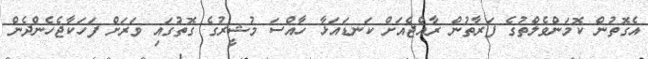
އެގޮތުން ކޮމަންވެލްތުގެ ފަރާތުން ރާއްޖެއަށް ކަނޑައަޅާ ހާއްސަ މުޝީރުގެ ގޮތުގައި ވަރަށް ފަހަކާޖެހެންދެން